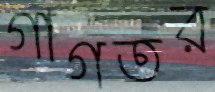
গাগতর